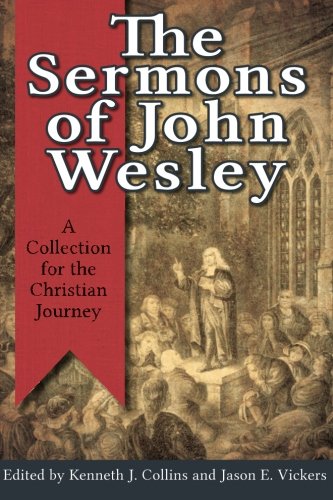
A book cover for The Sermons of John Wesley: A Collection for the Christian Journey; Christian Books & Bibles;